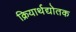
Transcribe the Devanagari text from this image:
क्रियार्थद्योतक